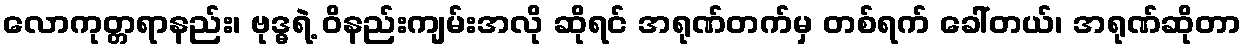
လောကုတ္တရာနည်း၊ ဗုဒ္ဓရဲ့ ဝိနည်းကျမ်းအလို ဆိုရင် အရုဏ်တက်မှ တစ်ရက် ခေါ်တယ်၊ အရုဏ်ဆိုတာ